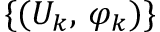
\{ ( U _ { k } , \, \varphi _ { k } ) \}